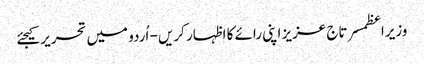
وزیراعظمسرتاج عزیز اپنی رائے کا اظہار کریں - اُردو میں تحریر کیجئے